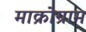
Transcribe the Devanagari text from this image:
माक्रोग्राम